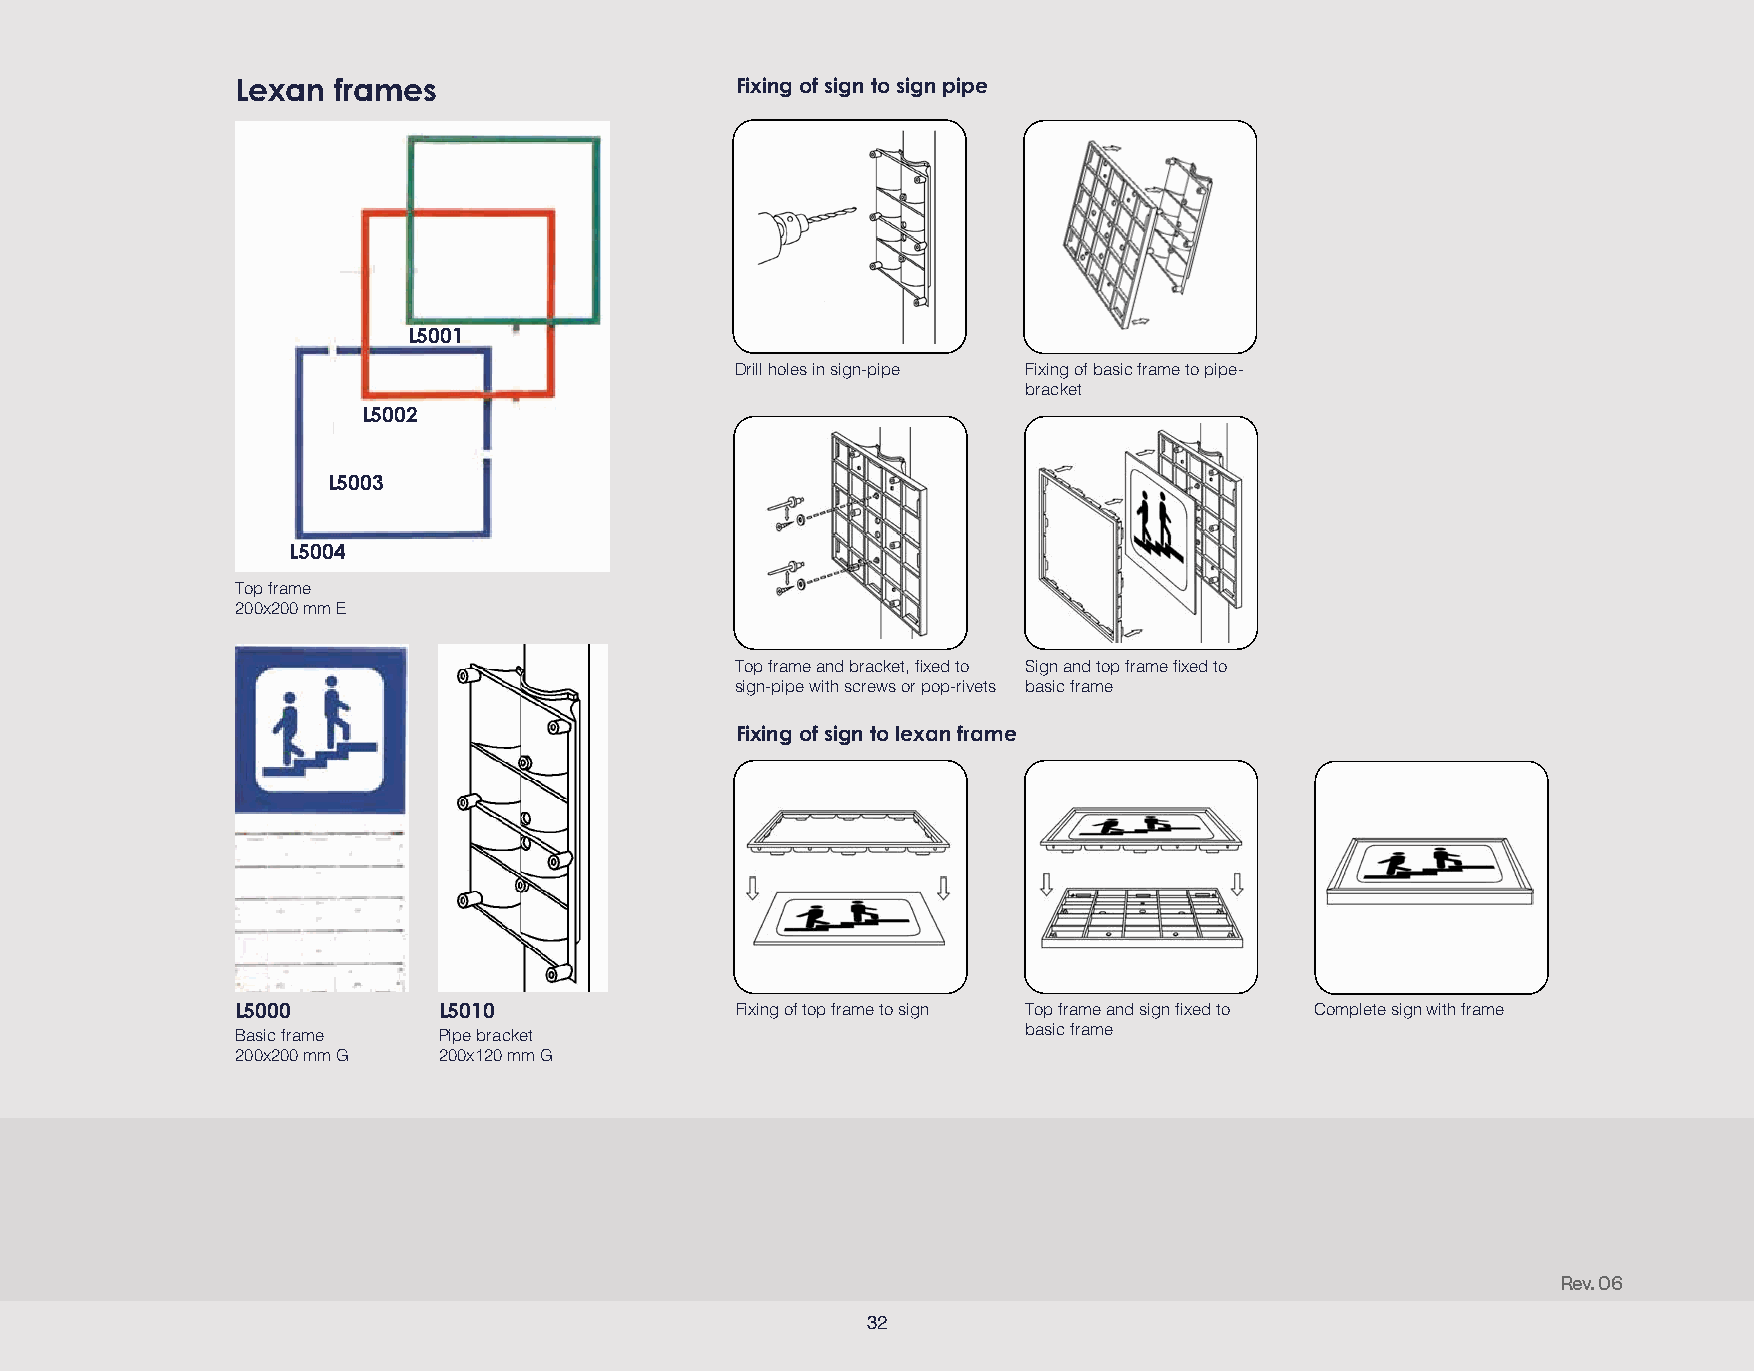
Lexan frames                     Fixing of sign to sign pipe
 L5001
 Drill holes in sign-pipe Fixing of basic frame to pipe-
 bracket
 L5002
 L5003
 L5004
 Top frame
 200x200 mm E
 Top frame and bracket, fixed to Sign and top frame fixed to
 sign-pipe with screws or pop-rivets basic frame
 Fixing of sign to lexan frame
 L5000        L5010               Fixing of top frame to sign Top frame and sign fixed to Complete sign with frame
 Basic frame  Pipe bracket                           basic frame
 200x200 mm G 200x120 mm G
 Rev. 06
 32